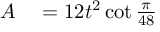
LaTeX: \begin{array} { r l } { A } & { { } = 1 2 t ^ { 2 } \cot { \frac { \pi } { 4 8 } } } \end{array}